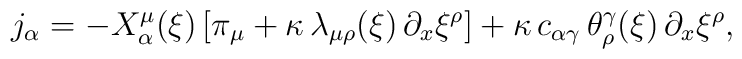
j_\alpha = - X_\alpha^\mu(\xi) \, [\pi_\mu + \kappa \,\lambda_{\mu \rho}(\xi) \, \partial_x \xi^\rho] + \kappa \, c_{\alpha\gamma} \, \theta^\gamma_\rho (\xi) \, \partial_x \xi^\rho,